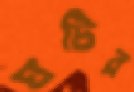
ঘটির